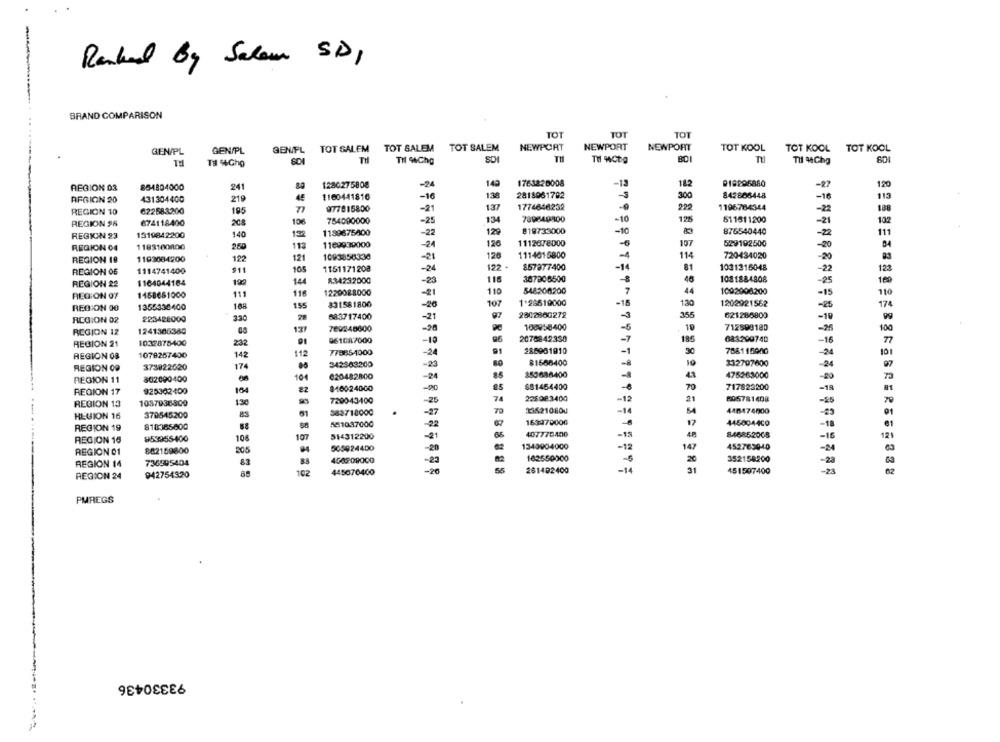
Ranked By Salam SID,
BRAND COMPARISON
TOT
TOT
TOT
GENIPL
TOT SALEM TOT SALEM TOT SALEM
NEWPORT
NEWPORT
NEWPORT
TOT KOOL
TOT KOOL
TOT KOOL
GEN/PL
GEN/PL
TH
Til 94Chg
SDI
TH
BDI
Til 4Chg
6D1
864804000
241
1280275808
-2
14
1763220008
-13
182
918896880
-27
120
REGION 03
13€
300
842806448
REGION 20
431304400
219
4€
1160441816
-16
2818961702
-16
77
977815800
-21
13
1774646232
1196784344
-2
REGION 10
622583200
195
REGION 96
674118400
208
10€
754000000
-25
13
789849800
-10
125
511511200
-21
122
129
819733000
-10
876540440
-22
111
REGION 23
1319842200
140
130
1189675800
-22
1183100800
113
1169939000
126
1112678000
197
529192500
REGION 04
260
-24
-20
REGION 18
1193084200
122
121
1093858330
-21
126
1114015800
-4
114
720434020
-20
105
122 ·
857377400
-14
81
1031315048
123
REGION OF
1114741400
$11
1151171208
-24
-22
REGION 22
1164044164
144
R34232000
-23
118
387306500
-8
46
1081884808
-25
110
548300200
7
44
1002008200
REGION 97
1158651000
111
118
1220088000
-1
-15
155
831581800
107
1 28619000
-15
13
1202921562
-25
REGION 00
1355330400
165
-26
97
REGION 02
223428000
330
583717400
-21
2802800272
356
621285800
-10
100958400
REGION 12
1241366389
137
769248600
-28
712590180
-26
1032878400
01
961087000
-10
95
2070842330
-7
18
683200740
-16
REGION 21
232
91
REGION 08
1078267400
142
112
77866-4000
-24
286981910
-1
788115000
342503200
-23
81686400
10
332797600
-34
REGION CO
373822620
174
REGION 11
802090400
-
10€
620482800
-24
353686400
475263000
25
$81454400
717823200
REGION 17
925302400
164
82
846024000
-18
720043400
-25
74
226083400
-12
21
805781408
-25
REGION 13
1087938800
130
73
215210800
HLUION 16
379545200
61
.
-27
-14
448474900
561047000
163470006
445004400
-18
REGION 19
818385800
-22
853955-400
107
514312200
-21
407778400
-15
846852008
-16
REGION 16
10
REGION 01
802159800
205
505924400
-20
1349904000
-12
4527630-40
-24
83
450209000
-23
162550000
352158200
-23
REGION 14
736595404
REGION 24
942754320
102
445076400
-20
88888
261402400
-14
31
451507400
-24
PMREGS
93330436